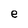
Character: e